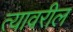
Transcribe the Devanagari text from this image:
त्‍यावरील